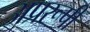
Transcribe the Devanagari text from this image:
अप्ररूपी